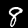
Label: 8